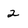
Character: 2